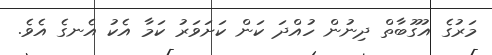
މަރުގެ އުގޫބާތް ދިނުން ހުއްދަ ކަން ކަށަވަރު ކަމާ އެކު އެނގެ އެވެ.